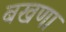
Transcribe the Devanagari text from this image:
बखणा